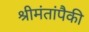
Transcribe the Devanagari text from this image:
श्रीमंतांपैकी